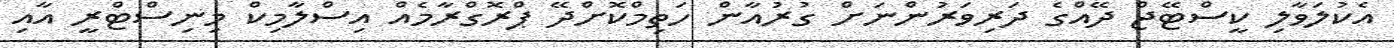
އެކުލަވާލި ކީސްޓޭޖް ދޭއްގެ ދަރިވަރުންނަށް ގުރުއާން ހަތިމްކޮށްދޭ ޕްރޮގްރާމެއް އިސްލާމިކް މިނިސްޓްރީ އާއި